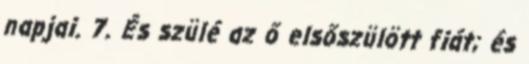
napjai. 7. És szülé az ő elsőszülött fiát; és